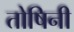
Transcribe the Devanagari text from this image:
तोषिनी